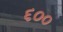
૬૦૦